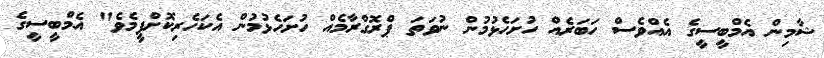
ޝާމިން އެމްބީސީގެ އެއްވެސް ހަބަރެއް ހުށަހެޅުމުން ނުވަތަ ޕްރޮގްރާމެއް ހުށަހެޅުމުން އެކަހެރިކޮށްފީމެވެ" އެމްބީސީގެ